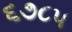
૬૭૮૫